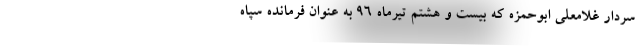
سردار غلامعلی ابوحمزه که بیست و هشتم تیرماه 96 به عنوان فرمانده سپاه